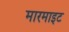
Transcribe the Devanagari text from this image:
मारमाइट